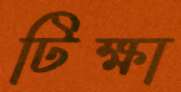
টিক্ষা